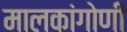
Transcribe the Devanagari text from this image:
मालकांगोणी